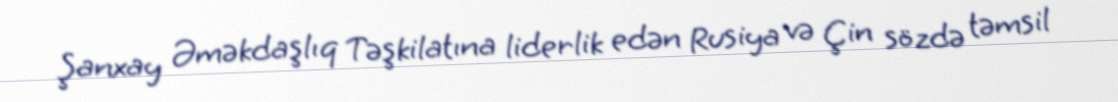
Şanxay Əməkdaşlıq Təşkilatına liderlik edən Rusiya və Çin sözdə təmsil